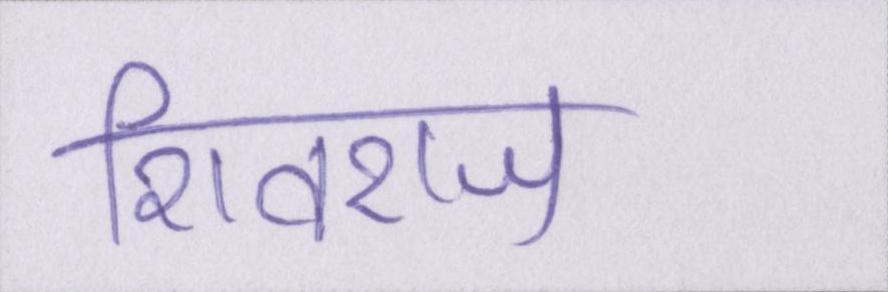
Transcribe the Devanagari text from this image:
शिवराज